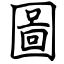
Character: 圖